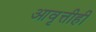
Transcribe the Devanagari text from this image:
आवृत्तीही